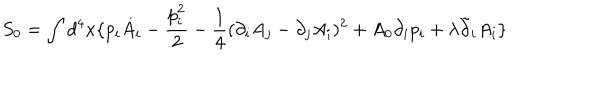
S _ { 0 } = \int d ^ { 4 } x \{ p _ { i } \dot { A } _ { i } - \frac { p _ { i } ^ { 2 } } { 2 } - \frac { 1 } { 4 } ( \partial _ { i } A _ { j } - \partial _ { j } A _ { i } ) ^ { 2 } + A _ { 0 } \partial _ { i } p _ { i } + \lambda \tilde { \partial } _ { i } A _ { i } \}